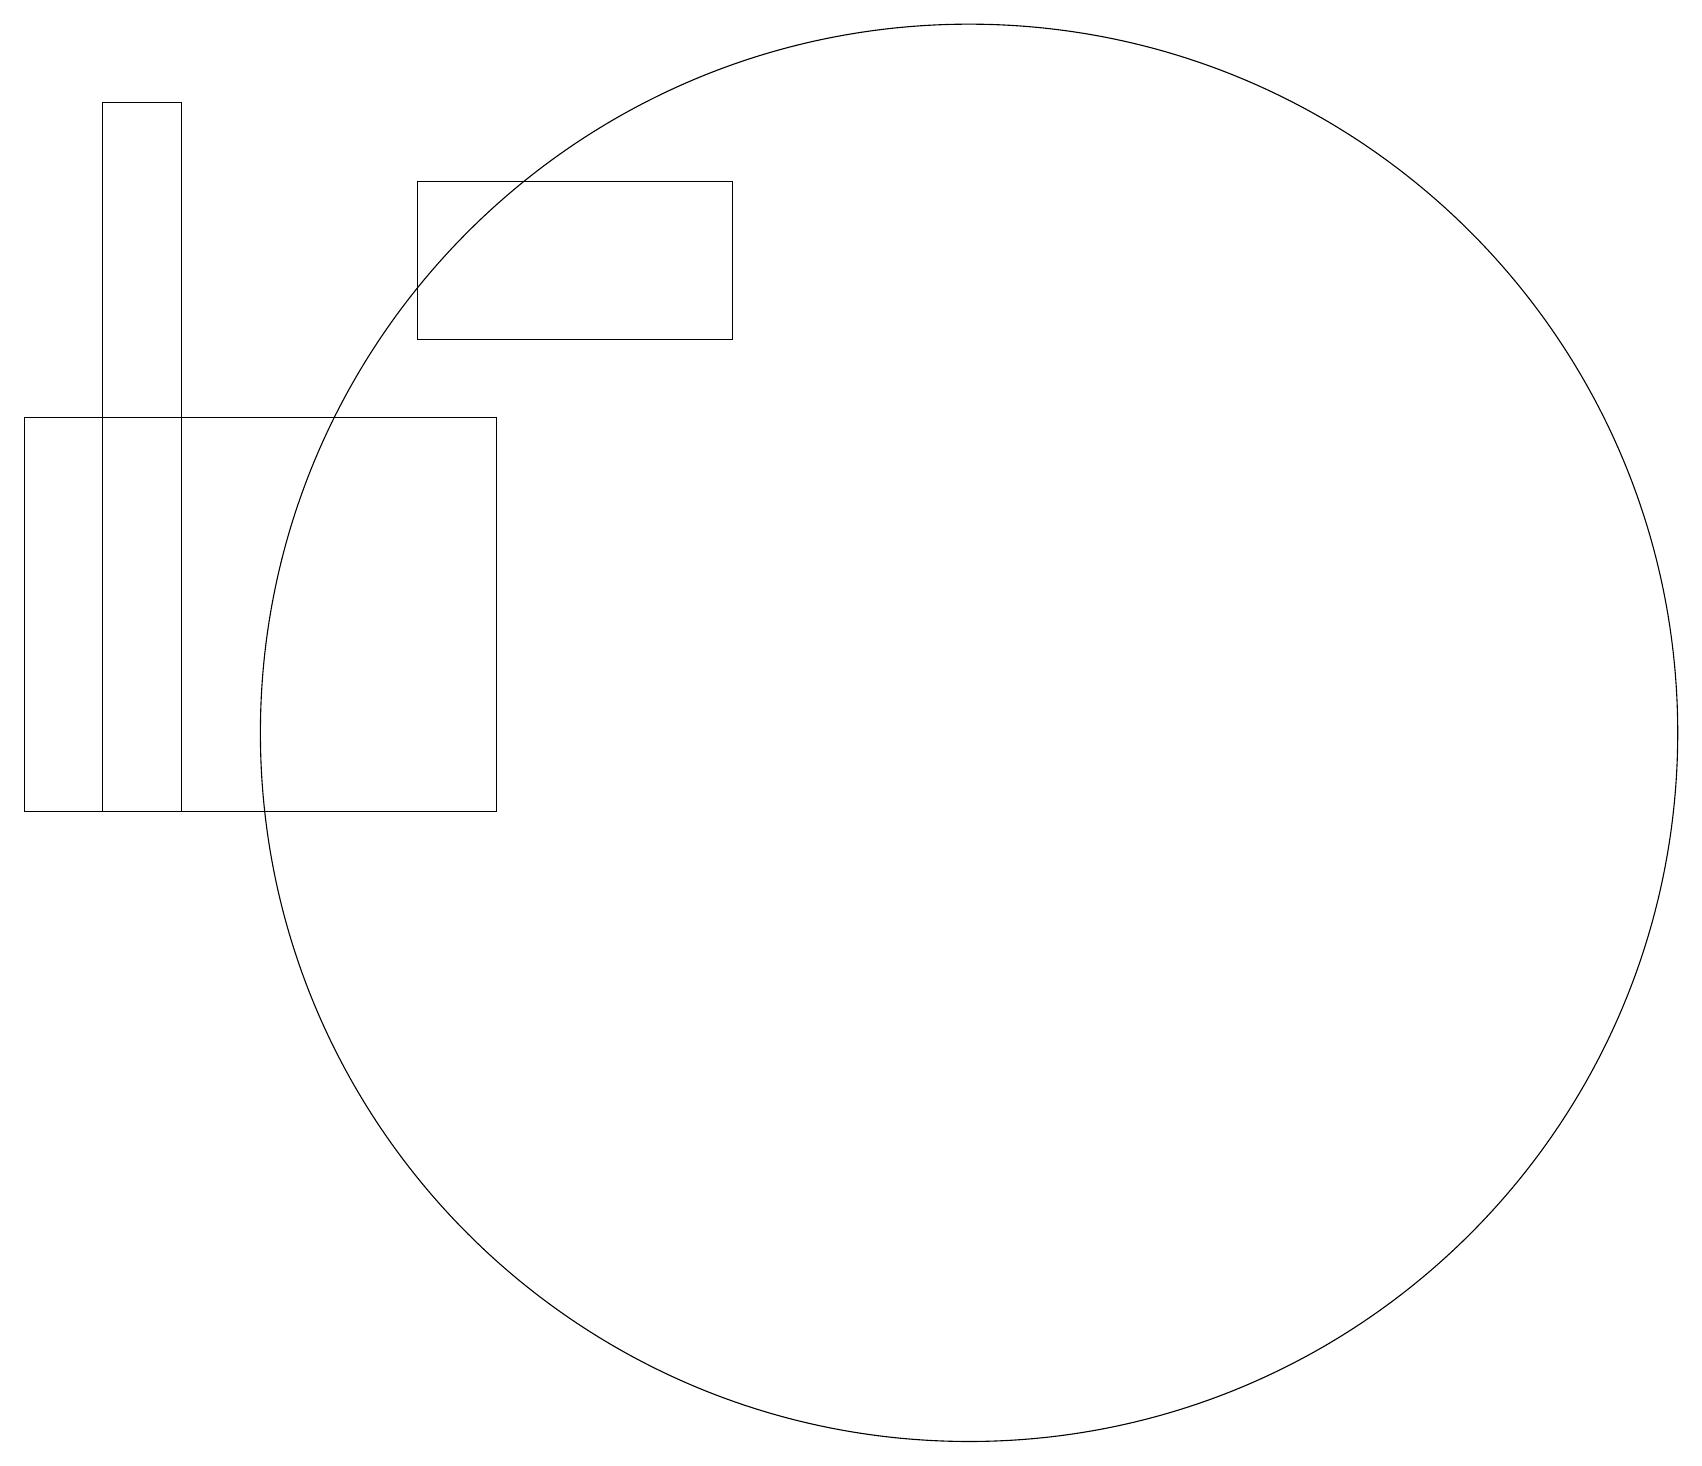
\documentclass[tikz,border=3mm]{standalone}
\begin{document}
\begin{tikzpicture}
\draw (9,16) rectangle (5,18);
\draw (1,10) rectangle (2,19);
\draw (6,15) rectangle (0,10);
\draw (12,11) circle (9);
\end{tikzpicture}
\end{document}